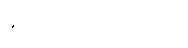
ဇင် ဘာမျှပြန်မပြောမိ။